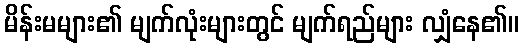
မိန်းမများ၏ မျက်လုံးများတွင် မျက်ရည်များ လျှံနေ၏။